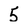
Character: 5